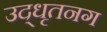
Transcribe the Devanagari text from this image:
उद्‌धृतनग